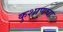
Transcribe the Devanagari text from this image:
कुशाणचा